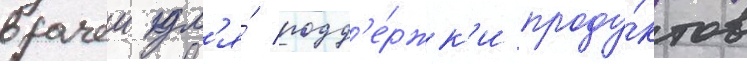
врачеи дл'я́ подд'е́ржк'и проду́ктов